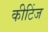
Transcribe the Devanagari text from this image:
कीटिंज